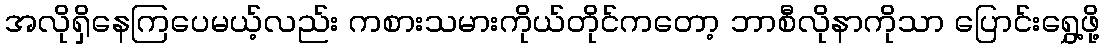
အလိုရှိနေကြပေမယ့်လည်း ကစားသမားကိုယ်တိုင်ကတော့ ဘာစီလိုနာကိုသာ ပြောင်းရွှေ့ဖို့